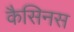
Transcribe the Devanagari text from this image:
कैसिनस